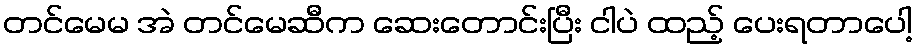
တင်မေမ အဲ တင်မေဆီက ဆေးတောင်းပြီး ငါပဲ ထည့် ပေးရတာပေါ့